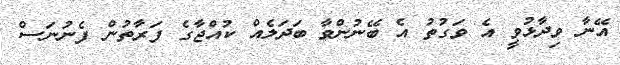
އޭނާ ވިދާޅުވީ އެ ވަގުތު އެ ބޭނުންވާ ބަދަލެއް ކުއްޖާގެ ފަރާތުން ފެނުނަސް